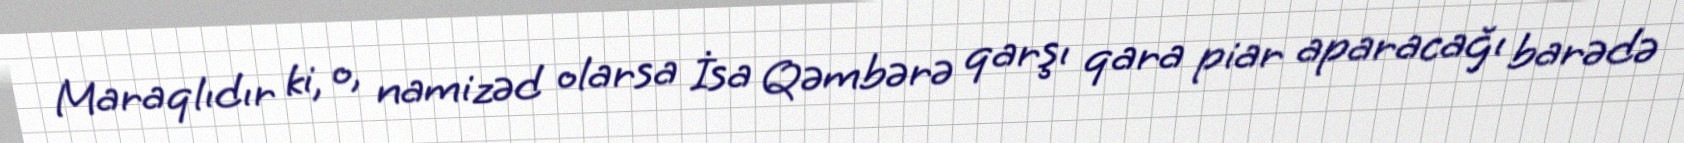
Maraqlıdır ki, o, namizəd olarsa İsa Qəmbərə qarşı qara piar aparacağı barədə